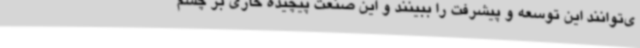
ی‌توانند این توسعه و پیشرفت را ببینند و این صنعت پیچیده خاری بر چشم